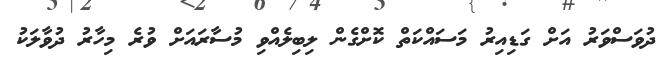
ދުވަސްވަރު އަށް ގަޑިއިރު މަސައްކަތް ކޮށްގެން ލިބިލެއްވި މުސާރައަށް ވުރެ މިހާރު ދުވާލަކު